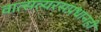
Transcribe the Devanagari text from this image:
वात्सल्यरसप्रधानही